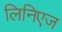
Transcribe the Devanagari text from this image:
लिनिएज